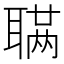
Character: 𫆊